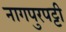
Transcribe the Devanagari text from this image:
नागपुरपट्टी